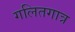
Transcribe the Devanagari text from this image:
गलितगात्र